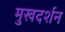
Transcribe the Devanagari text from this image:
मुखदर्शन